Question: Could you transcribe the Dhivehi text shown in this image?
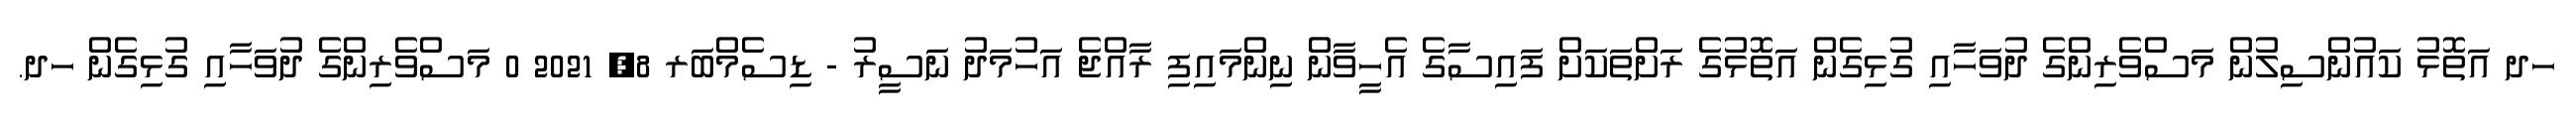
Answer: ހދ އަތޮޅު ކައުންސިލުން މަސްވެރިންގެ ދުވަހާއި ގުޅިގެން އަތޮޅުގެ ރަށްތަކަށް ފައިސާގެ އެހީވާން ނިންމައިފި ރާއްޖެ އަހުމަދު ނަސީރު - ޑިސެމްބަރ 8, 2021 0 މަސްވެރިންގެ ދުވަހާއި ގުޅިގެން ހދ.